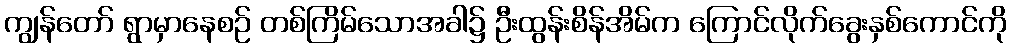
ကျွန်တော် ရွာမှာနေစဉ် တစ်ကြိမ်သောအခါ၌ ဦးထွန်းစိန်အိမ်က ကြောင်လိုက်ခွေးနှစ်ကောင်ကို